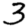
Digit: 3